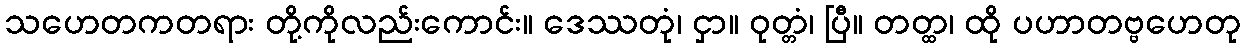
သဟေတကတရား တို့ကိုလည်းကောင်း။ ဒေဿတုံ၊ ငှာ။ ဝုတ္တံ၊ ပြီ။ တတ္ထ၊ ထို ပဟာတဗ္ဗဟေတု